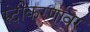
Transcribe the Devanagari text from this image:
रुंदीकरणावर